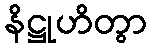
နိဋ္ဌုဟိတွာ